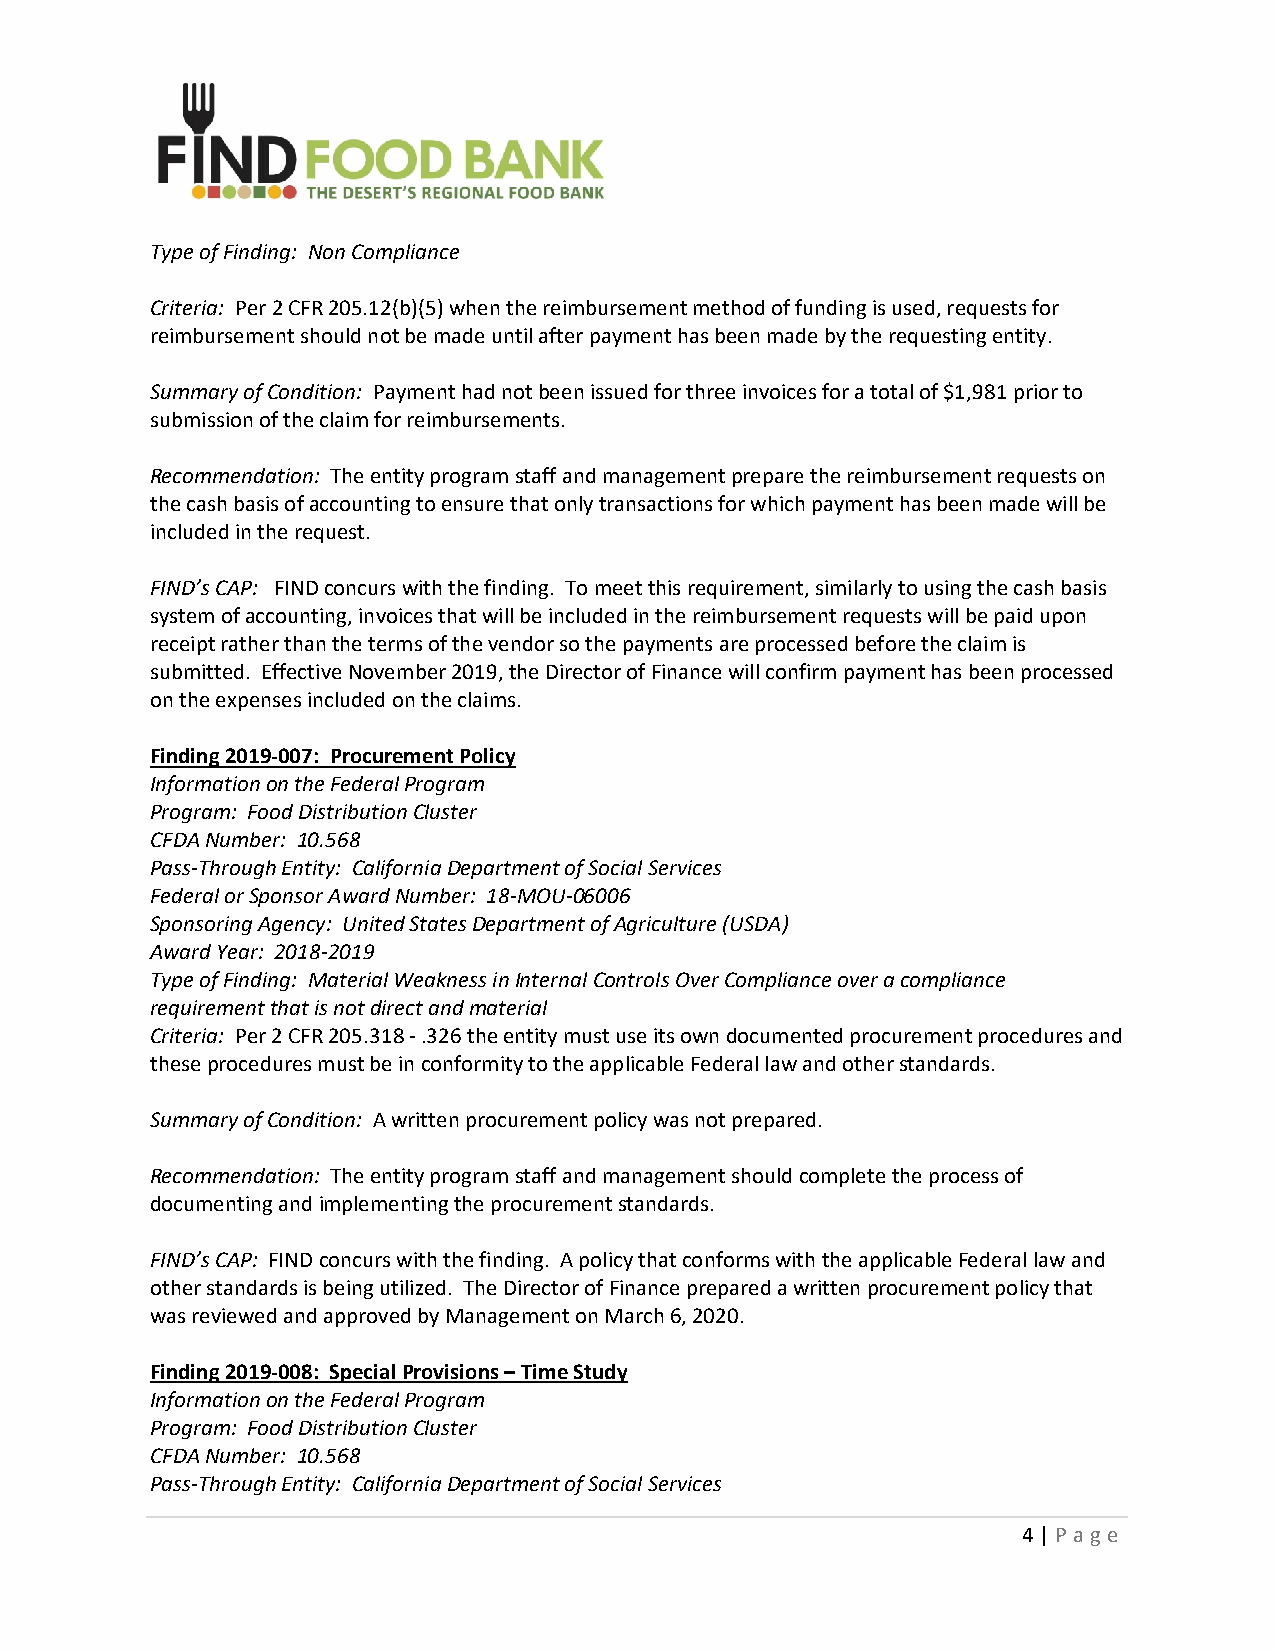
Type of Finding: Non Compliance
 Criteria: Per 2 CFR 205.12(b)(5) when the reimbursement method of funding is used, requests for
 reimbursement should not be made until after payment has been made by the requesting entity.
 Summary of Condition: Payment had not been issued for three invoices for a total of $1,981 prior to
 submission of the claim for reimbursements.
 Recommendation: The entity program staff and management prepare the reimbursement requests on
 the cash basis of accounting to ensure that only transactions for which payment has been made will be
 included in the request.
 FIND’s CAP: FIND concurs with the finding. To meet this requirement, similarly to using the cash basis
 system of accounting, invoices that will be included in the reimbursement requests will be paid upon
 receipt rather than the terms of the vendor so the payments are processed before the claim is
 submitted. Effective November 2019, the Director of Finance will confirm payment has been processed
 on the expenses included on the claims.
 Finding 2019‐007: Procurement Policy
 Information on the Federal Program
 Program: Food Distribution Cluster
 CFDA Number: 10.568
 Pass‐Through Entity: California Department of Social Services
 Federal or Sponsor Award Number: 18‐MOU‐06006
 Sponsoring Agency: United States Department of Agriculture (USDA)
 Award Year: 2018‐2019
 Type of Finding: Material Weakness in Internal Controls Over Compliance over a compliance
 requirement that is not direct and material
 Criteria: Per 2 CFR 205.318 ‐ .326 the entity must use its own documented procurement procedures and
 these procedures must be in conformity to the applicable Federal law and other standards.
 Summary of Condition: A written procurement policy was not prepared.
 Recommendation: The entity program staff and management should complete the process of
 documenting and implementing the procurement standards.
 FIND’s CAP: FIND concurs with the finding. A policy that conforms with the applicable Federal law and
 other standards is being utilized. The Director of Finance prepared a written procurement policy that
 was reviewed and approved by Management on March 6, 2020.
 Finding 2019‐008: Special Provisions – Time Study
 Information on the Federal Program
 Program: Food Distribution Cluster
 CFDA Number: 10.568
 Pass‐Through Entity: California Department of Social Services
 4 | P a g e